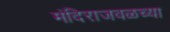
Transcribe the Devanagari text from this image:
मंदिराजवळच्या